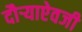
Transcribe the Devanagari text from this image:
दौर्‍याऐवजी